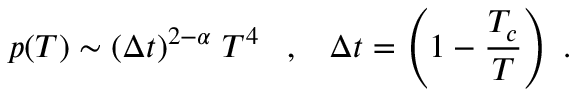
p ( T ) \sim ( \Delta t ) ^ { 2 - \alpha } \; T ^ { 4 } \; \; \; , \; \; \; \Delta t = \left( 1 - \frac { T _ { c } } { T } \right) \; .